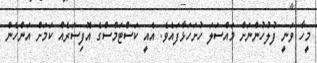
މީހާ ވަނީ ފުލުހުންނަށް މައްސަލަ ހުށަހަޅާފައެވެ. އެއީ ކަސްޓަމްސްގެ އޮފިސަރެއް ކަމަށް އަންހެން